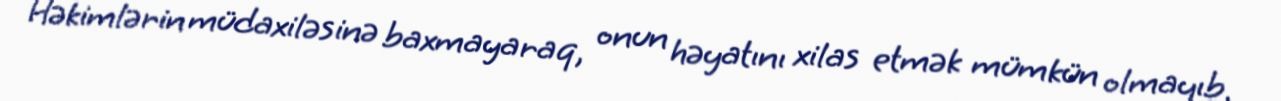
Həkimlərin müdaxiləsinə baxmayaraq, onun həyatını xilas etmək mümkün olmayıb.